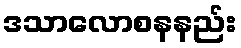
ဒသာလောစနနည်း